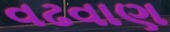
વઢવાણ